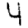
Digit: 4